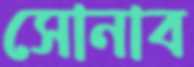
সোনাব